Medical and sanitary report of the native army of Bengal for the year
Year: 1876
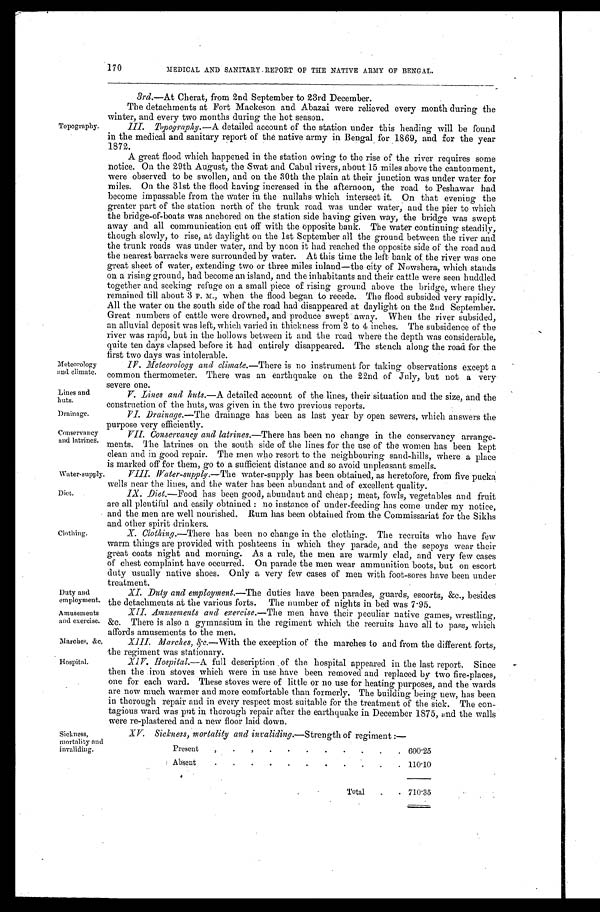
Topography.
Meteorology
and climate.
Lines and
huts.
Drainage.
Conservancy
and latrines.
Water-supply.
Diet.
Clothing.
Duty and
employment.
Amusements
and exercise.
Marches, &c,
Hospital.
Sickness,
mortality a
nd invaliding.
170
MEDICAL AND SANITARY REPORT OF THE NATIVE ARMY OF BENGAL.
3rd.—At Cherat, from 2nd September to 23rd December.
The detachments at Fort Mackeson and Abazai were relieved every month during the
winter, and every two months during the hot season.
III. Topography. —A detailed account of the station under this heading will be found
in the medical and sanitary report of the native army in Bengal for 1869, and for the year
1872.
A great flood which happened in the station owing to the rise of the river requires some
notice. On the 29th August, the Swat and Cabul rivers, about 15 miles above the cantonment,
were observed to be swollen, and on the 30th the plain at their junction was under water for
miles. On the 31st the flood having increased in the afternoon, the road to Peshawar had
become impassable from the water in the nullahs which intersect it. On that evening the
greater part of the station north of the trunk road was under water, and the pier to which
the bridge-of-boats was anchored on the station side having given way, the bridge was swept
away and all communication cut off with the opposite bank. The water continuing steadily,
though slowly, to rise, at daylight on the 1st September all the ground between the river and
the trunk roads was under water, and by noon it had reached the opposite side of the road and
the nearest barracks were surrounded by water. At this time the left bank of the river was one
great sheet of water, extending two or three miles inland—the city of Nowshera, which stands
on a rising ground, had become an island, and the inhabitants and their cattle were seen huddled
together and seeking refuge on a small piece of rising ground above the bridge, where they
remained till about 3 P. M., when the flood began to recede. The flood subsided very rapidly.
All the water on the south side of the road had disappeared at daylight on the 2nd September.
Great numbers of cattle were drowned, and produce swept away. When the river subsided,
an alluvial deposit was left, which varied in thickness from 2 to 4 inches. The subsidence of the
river was rapid, but in the hollows between it and the road where the depth was considerable,
quite ten days elapsed before it had entirely disappeared. The stench along the road for the
first two days was intolerable.
IV. Meteorology and climate. —There is no instrument for taking observations except a
common thermometer. There was an earthquake on the 22nd of but not a very
severe one.
V. Lines and huts.—A detailed account of the lines, their situation and the size, and the
construction of the huts, was given in the two previous reports.
VI. Drainage. —The drainage has been as last year by open sewers, which answers the
purpose very efficiently.
VII. Conservancy and latrines.—There has been no change in the conservancy arrange-
ments. The latrines on the south side of the lines for the use of the women has been kept
clean and in good repair. The men who resort to the neighbouring sand-hills, where a place
is marked off for them, go to a sufficient distance and so avoid unpleasant smells.
VIII. Water-supply. —The water-supply has been obtained, as heretofore, from five pucka
wells near the lines, and the water has been abundant and of excellent quality.
IX. Diet.—Food has been good, abundant and cheap; meat, fowls, vegetables and fruit
are all plentiful and easily obtained: no instance of under-feeding has come under my notice,
and the men are well nourished. Rum has been obtained from the Commissariat for the Sikhs
and other spirit drinkers.
X. Clothing.—There has been no change in the clothing. The recruits who have few
warm things are provided with poshteens in which they parade, and the sepoys wear their
great coats night and morning. As a rule, the men are warmly clad, and very few cases
of chest complaint have occurred. On parade the men wear ammunition boots, but on escort
duty usually native shoes. Only a very few cases of men with foot-sores have been under
treatment.
XI. Duty and employment.—The duties have been parades, guards, escorts, &c., besides
the detachments at the various forts. The number of nights in bed was 7.95.
XIII. Amusements and exercise.—The men have their peculiar native games, wrestling,
&c. There is also a gymnasium in the regiment which the recruits have all to pass, which
affords amusements to the men.
XIII. Marches, &c. —With the exception of the marches to and from the different forts,
the regiment was stationary.
XI
V. Hospital.—A full description of the hospital appeared in the last report. Since
then the iron stoves which were in use have been removed and replaced by two fire-places,
o n e f o r e a c h w a r d . T h e s e s t o v e s w e r e o f l i t t l e o r n o u s e f o r h e a t i n g p u r p o s e s , a n d t h e w a r d s
are now much warmer and more comfortable than formerly. The building being new, has been
in thorough repair and in every respect most suitable for the treatment of the sick. The con-
tagious ward was put in thorough repair after the earthquake in December 1875, and the walls
were re-plastered and a new floor laid down.
XV. Sickness, mortality and invaliding. —Strength of regiment:—
Present
600.25
Absent
110.10
Total
710.35